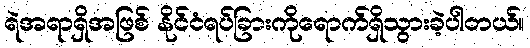
ရဲအရာရှိအဖြစ် နိုင်ငံရပ်ခြားကိုရောက်ရှိသွားခဲ့ပါတယ်။